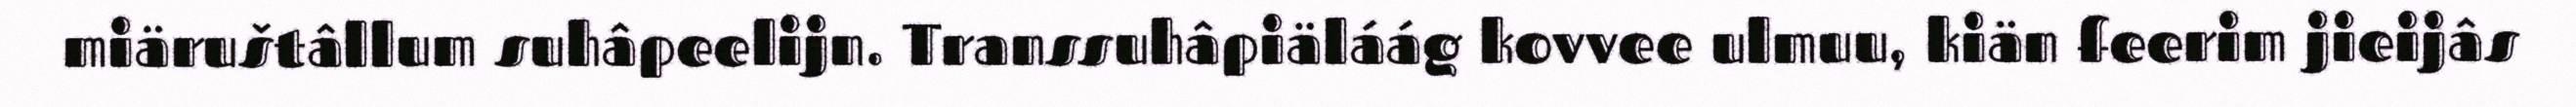
miäruštâllum suhâpeelijn. Transsuhâpiäláág kovvee ulmuu, kiän feerim jieijâs